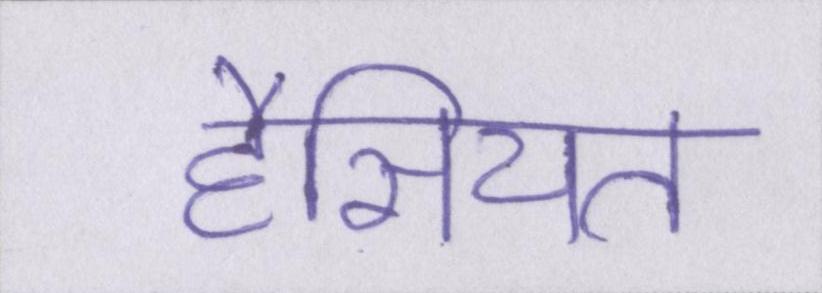
हैसियत